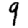
Digit: 9